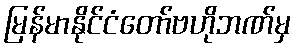
မြန်မာနိုင်ငံတော်ဗဟိုဘဏ်မှ